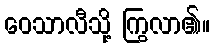
ဝေသာလီသို့ ကြွလာ၏။